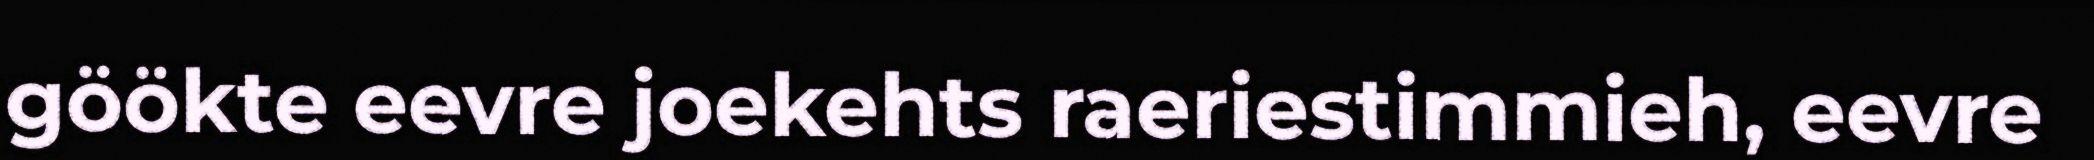
göökte eevre joekehts raeriestimmieh, eevre